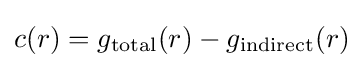
c(r)=g_{\rm {total}}(r)-g_{\rm {indirect}}(r)